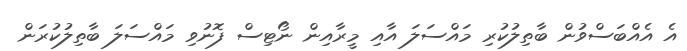
އެ އެއްބަސްވުން ބާތިލުކުރި މައްސަލަ އާއި މީރާއިން ނޯޓިސް ފޮނުވި މައްސަލަ ބާތިލުކުރަން